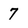
Character: 7